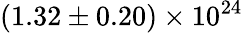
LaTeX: \mathrm{{(1.32\pm 0.20)\times 10^{24}}}